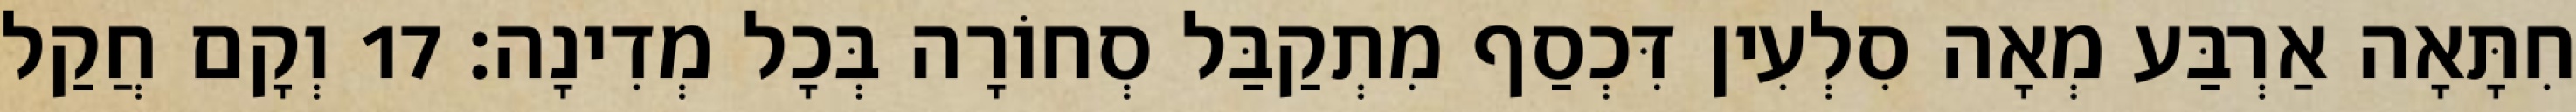
חִתָּאָה אַרְבַּע מְאָה סִלְעִין דִּכְסַף מִתְקַבַּל סְחוֹרָה בְּכָל מְדִינָה׃ 17 וְקָם חֲקַל